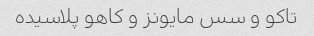
تاکو و سس مایونز و کاهو پلاسیده